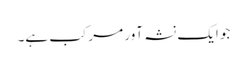
جو ایک نشہ آور مرکب ہے۔